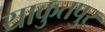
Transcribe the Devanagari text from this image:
याकुतपुर